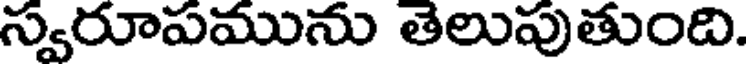
స్వరూపమును తెలుపుతుంది.